Annual report on the Civil Veterinary Department, Burma (including the Insein Veterinary School) - 1923-1931
Year: 1923
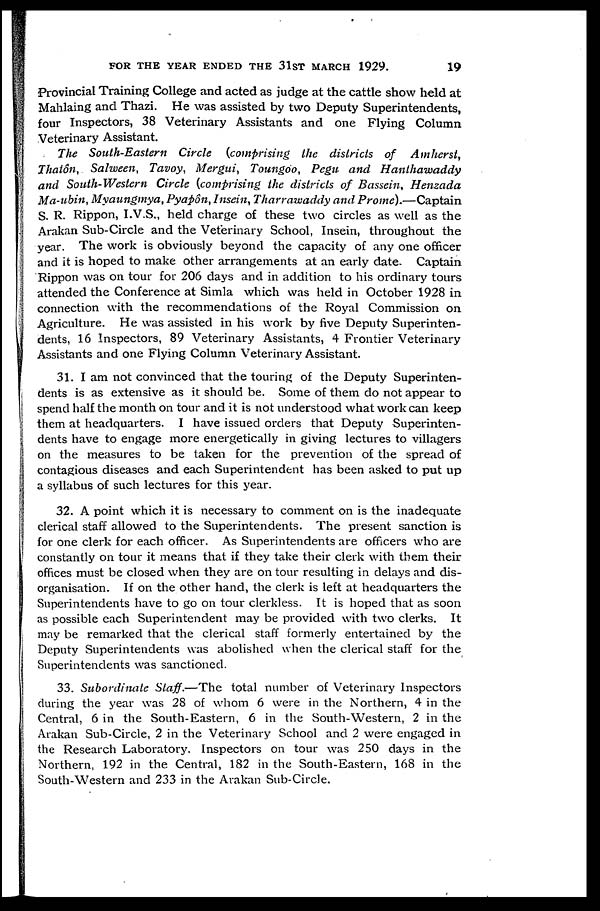
FOR THE YEAR ENDED THE 31ST MARCH 1929.
19
Provincial Training College and acted as judge at the cattle show held at
Mahlaing and Thazi. He was assisted by two Deputy Superintendents,
four Inspectors, 38 Veterinary Assistants and one Flying Column
Veterinary Assistant.
The South-Eastern Circle (comprising the districts of Amherst,
Thatôn, Salween, Tavoy, Mergui, Toungoo, Pegu and Hanthawaddy
and South-Western Circle (comprising the districts of Bassein, Henzada
Ma-ubin, Myaungmya, Pyapôn, Insein, Tharrawaddy and Prome).—Captain
S. R. Rippon, I.V.S., held charge of these two circles as well as the
Arakan Sub-Circle and the Veterinary School, Insein, throughout the
year. The work is obviously beyond the capacity of any one officer
and it is hoped to make other arrangements at an early date. Captain
Rippon was on tour for 206 days and in addition to his ordinary tours
attended the Conference at Simla which was held in October 1928 in
connection with the recommendations of the Royal Commission on
Agriculture. He was assisted in his work by five Deputy Superinten-
dents, 16 Inspectors, 89 Veterinary Assistants, 4 Frontier Veterinary
Assistants and one Flying Column Veterinary Assistant.
31. I am not convinced that the touring of the Deputy Superinten-
dents is as extensive as it should be. Some of them do not appear to
spend half the month on tour and it is not understood what work can keep
them at headquarters. I have issued orders that Deputy Superinten-
dents have to engage more energetically in giving lectures to villagers
on the measures to be taken for the prevention of the spread of
contagious diseases and each Superintendent has been asked to put up
a syllabus of such lectures for this year.
32. A point which it is necessary to comment on is the inadequate
clerical staff allowed to the Superintendents. The present sanction is
for one clerk for each officer. As Superintendents are officers who are
constantly on tour it means that if they take their clerk with them their
offices must be closed when they are on tour resulting in delays and dis-
organisation. If on the other hand, the clerk is left at headquarters the
Superintendents have to go on tour clerkless. It is hoped that as soon
as possible each Superintendent may be provided with two clerks. It
may be remarked that the clerical staff formerly entertained by the
Deputy Superintendents was abolished when the clerical staff for the
Superintendents was sanctioned.
33. Subordinate Staff.—The total number of Veterinary Inspectors
during the year was 28 of whom 6 were in the Northern, 4 in the
Central, 6 in the South-Eastern, 6 in the South-Western, 2 in the
Arakan Sub-Circle, 2 in the Veterinary School and 2 were engaged in
the Research Laboratory. Inspectors on tour was 250 days in the
Northern, 192 in the Central, 182 in the South-Eastern, 168 in the
South-Western and 233 in the Arakan Sub-Circle.